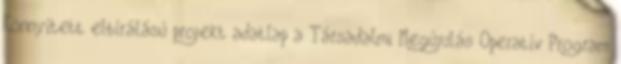
Könnyített elbírálású projekt adatlap a Társadalmi Megújulás Operatív Program